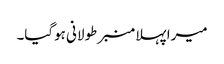
میرا پہلا منبر طولانی ہوگیا۔